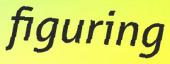
figuring